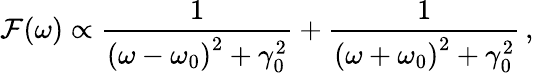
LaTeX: \mathcal{F}(\omega)\propto\frac{{1}}{{\left(\omega-\omega_{0}\right)^{2}+\gamma_{0}^{2}}}+\frac{{1}}{{\left(\omega+\omega_{0}\right)^{2}+\gamma_{0}^{2}}}\, ,